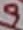
Text: 9